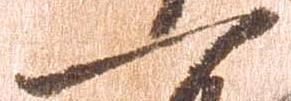
一